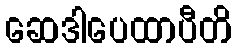
ဆေဒါပေထာပီတိ